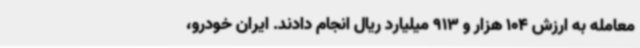
معامله به ارزش 104 هزار و 913 میلیارد ریال انجام دادند. ایران خودرو،